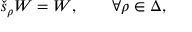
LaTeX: \check { s } _ { \rho } W = W , \qquad \forall \rho \in \Delta ,